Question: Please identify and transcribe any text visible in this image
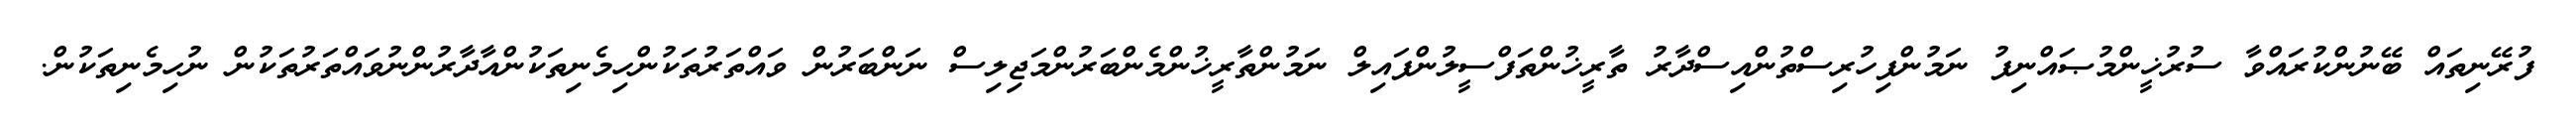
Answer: ފުރޭނިތައް ބޭނުންކުރައްވާ ސުރުޚީންމުޞައްނިފު ނަމުންފިހުރިސްތުންއިސްދާރު ތާރީޚުންތަފްސީލުންފައިލް ނަމުންތާރީޚުންމެންބަރުންމަޖިލިސް ނަންބަރުން ވައްތަރުތަކުންހިމެނިތަކުންއާދާރުންނުވައްތަރުތަކުން ނުހިމެނިތަކުން.